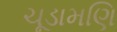
ચૂડામણિ